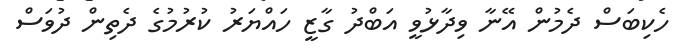
ހެކިބަސް ދެމުން އޭނާ ވިދާޅުވީ އަބްދު ގާޒީ ހައްޔަރު ކުރުމުގެ ދެތިން ދުވަސް